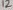
Text: 12